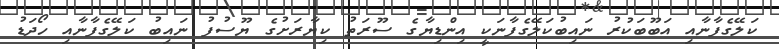
ކަލޭގެފާނާއި އަބޫބަކުރު ނައިބުކަލޭގެފާނަކީ އިންޑިޔާގެ ސޫރަތު ކިޔާރަށުގެ ޔޫސުފު ނައިބު ކަލޭގެފާނާއި ހޯދަޑު